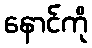
နောင်ကို